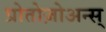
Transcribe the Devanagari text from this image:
प्रोतोज़ोअन्स्